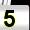
Digit: 5